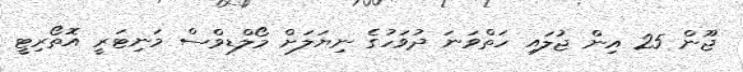
ޖޫން 25 އިން ޖުލައި ހަތްވަނަ ދުވަހުގެ ނިޔަލަށް މޯލްޑިވްސް މަނިޓަރީ އޮތޯރިޓީ